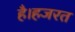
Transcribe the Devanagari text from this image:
है।हजरत